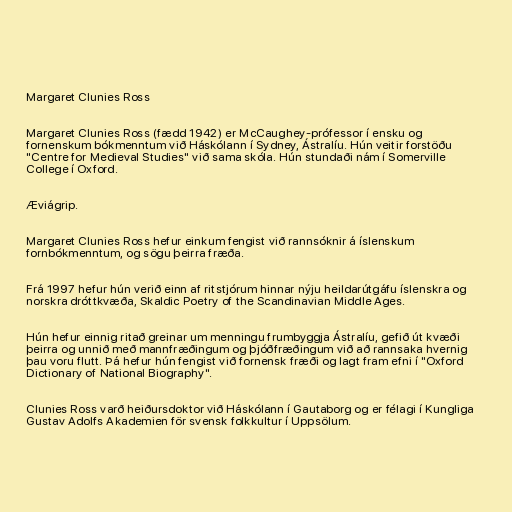
Margaret Clunies Ross

Margaret Clunies Ross (fædd 1942) er McCaughey-prófessor í ensku og
fornenskum bókmenntum við Háskólann í Sydney, Ástralíu. Hún veitir forstöðu
"Centre for Medieval Studies" við sama skóla. Hún stundaði nám í Somerville
College í Oxford.

Æviágrip.

Margaret Clunies Ross hefur einkum fengist við rannsóknir á íslenskum
fornbókmenntum, og sögu þeirra fræða.

Frá 1997 hefur hún verið einn af ritstjórum hinnar nýju heildarútgáfu íslenskra og
norskra dróttkvæða, Skaldic Poetry of the Scandinavian Middle Ages.

Hún hefur einnig ritað greinar um menningu frumbyggja Ástralíu, gefið út kvæði
þeirra og unnið með mannfræðingum og þjóðfræðingum við að rannsaka hvernig
þau voru flutt. Þá hefur hún fengist við fornensk fræði og lagt fram efni í "Oxford
Dictionary of National Biography".

Clunies Ross varð heiðursdoktor við Háskólann í Gautaborg og er félagi í Kungliga
Gustav Adolfs Akademien för svensk folkkultur í Uppsölum.